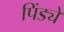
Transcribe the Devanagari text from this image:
पिंड्ये